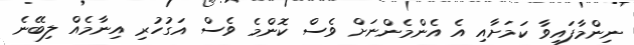
ނިންމާފައިވާ ކަމަށާއި އެ އެންމެންނަށް ވެސް ކޮންމެ ވެސް އަގުހުރި އިނާމެއް ލިބޭނެ